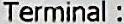
TERMINAL :